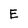
Character: E